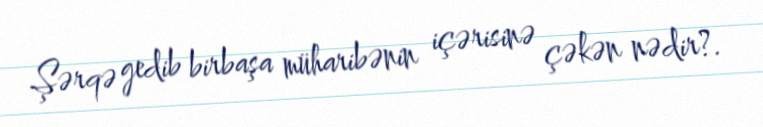
Şərqə gedib birbaşa müharibənin içərisinə çəkən nədir?.